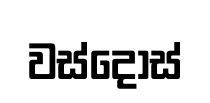
වස්දොස්